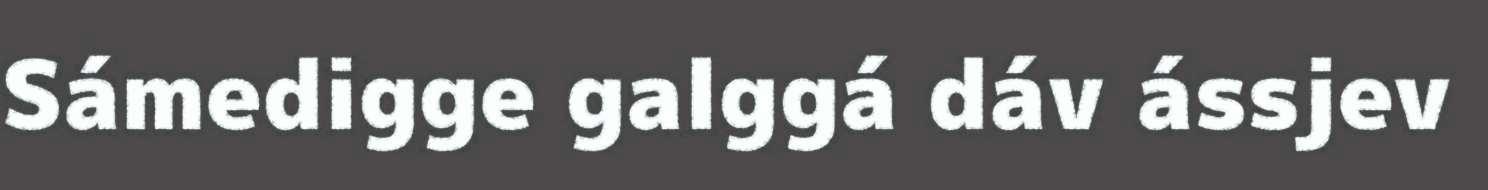
Sámedigge galggá dáv ássjev